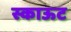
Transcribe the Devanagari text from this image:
स्काऊट